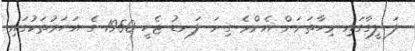
ލަ ލީގާގައި މިހާތަނަށް އެންމެ ގިނަ ލަނޑު ޖެހީ 1950 ގެ އަހަރުތަކުގައި